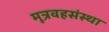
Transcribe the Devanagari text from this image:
मूत्रवहसंस्था